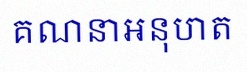
គណនាអនុបាត